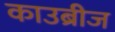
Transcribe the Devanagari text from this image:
काउब्रीज